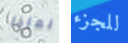
لماذا للجزء